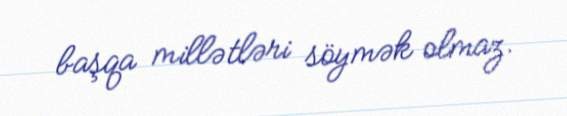
başqa millətləri söymək olmaz.